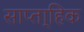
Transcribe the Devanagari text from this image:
साप्ता्हिक